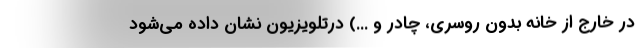
در خارج از خانه بدون روسري، چادر و ...) درتلويزيون نشان داده مي‌شود